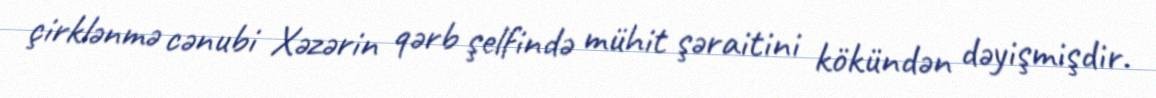
çirklənmə cənubi Xəzərin qərb şelfində mühit şəraitini kökündən dəyişmişdir.